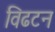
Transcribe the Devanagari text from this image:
विढटन